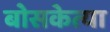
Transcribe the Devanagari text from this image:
बोसकेत्या